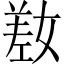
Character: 𫶯